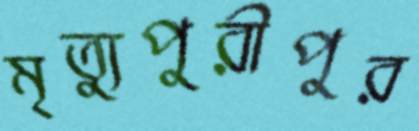
মৃত্যুপুরীপুর